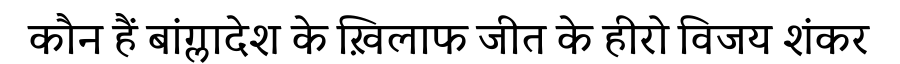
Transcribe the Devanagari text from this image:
कौन हैं बांग्लादेश के ख़िलाफ जीत के हीरो विजय शंकर